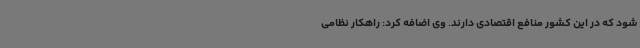
شود که در این کشور منافع اقتصادی دارند. وی اضافه کرد: راهکار نظامی